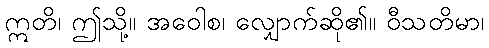
ဣတိ၊ ဤသို့။ အဝေါစ၊ လျှောက်ဆို၏။ ဝီသတိမာ၊